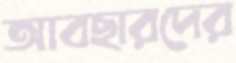
আবছারদের